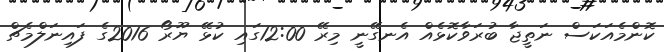
ކޮންމެއަކަސް ނަތީޖާ ބުރަވާކޮޅެއް އެނގޭނީ މިރޭ 12:00ގައި ކުޅޭ ޔޫރޯ 2016ގެ ފައިނަލްމެޗް